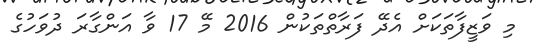
މި ވަޒީފާތަކަށް އެދޭ ފަރާތްތަކުން 2016 މޭ 17 ވާ އަންގާރަ ދުވަހުގެ